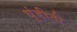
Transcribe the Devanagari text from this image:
धुंडीती